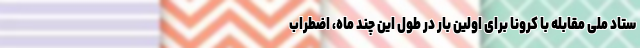
ستاد ملی مقابله با کرونا برای اولین بار در طول این چند ماه، اضطراب